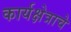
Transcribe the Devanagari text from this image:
कार्यक्षेत्राचे